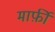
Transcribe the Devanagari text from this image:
मार्फ़ी